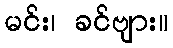
မင်း၊ ခင်ဗျား။